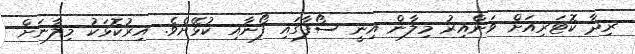
ރިދާ ކޮޓަރިއަށް ވަންއިރު މިލާން އިނީ ސޯފާގައި ފޯނާއި ކުޅޭށެވެ. އިރުކޮޅަކު މިލާނަށް